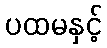
ပထမနှင့်